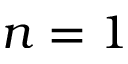
n = 1